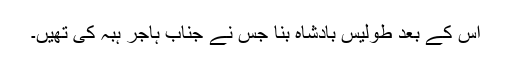
اس کے بعد طولیس بادشاہ بنا جس نے جناب ہاجر ہبہ کی تھیں۔